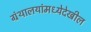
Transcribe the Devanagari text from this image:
ग्रंथालयांमध्येदेखील